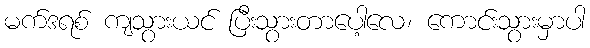
မက်ဒရစ် ကျသွားယင် ပြီးသွားတာပေါ့လေ၊ ကောင်းသွားမှာပါ